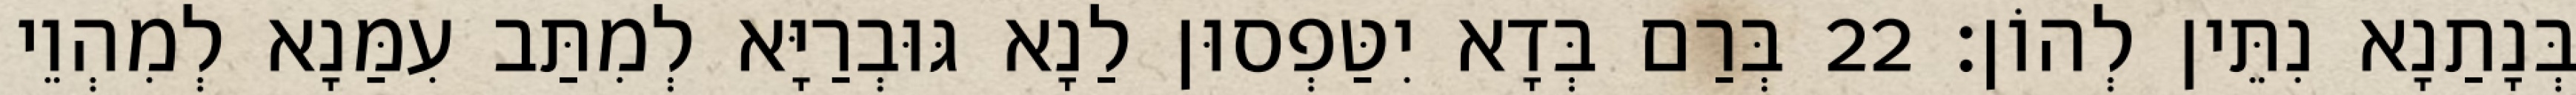
בְּנָתַנָא נִתֵּין לְהוֹן׃ 22 בְּרַם בְּדָא יִטַּפְסוּן לַנָא גּוּבְרַיָּא לְמִתַּב עִמַּנָא לְמִהְוֵי